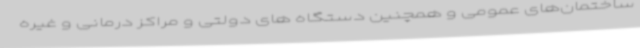
ساختمان‌های عمومی و همچنین دستگاه های دولتی و مراکز درمانی و غیره